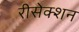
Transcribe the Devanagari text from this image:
रीसेक्शन